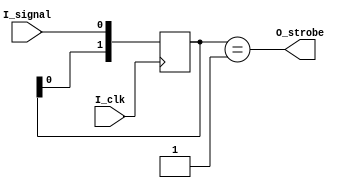
`timescale 1ns / 1ns

module strobe_gen #(
	parameter TYPE="RISE_EDGE"
)
(
    input I_clk,
    input I_signal,
    output O_strobe
);
reg [1:0] sig_r;
generate
if (TYPE=="RISE_EDGE")
	initial
		sig_r=2'b0;
else
	initial
		sig_r=2'b11;
endgenerate

always @(posedge I_clk) begin
    sig_r<={sig_r[0],I_signal};
end
assign O_strobe=(sig_r==2'b01);

endmodule